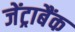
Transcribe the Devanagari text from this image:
जेंट्राबैंक